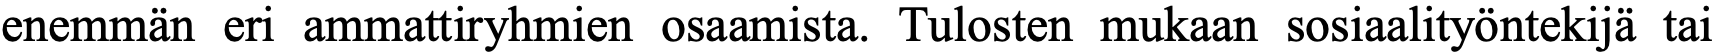
enemmän eri ammattiryhmien osaamista. Tulosten mukaan sosiaalityöntekijä tai